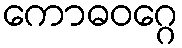
ကောဓဝဂ္ဂေ